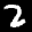
Label: 2